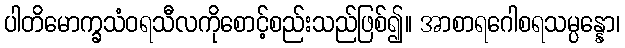
ပါတိမောက္ခသံဝရသီလကိုစောင့်စည်းသည်ဖြစ်၍။ အာစာရဂေါစရသမ္ပန္နော၊